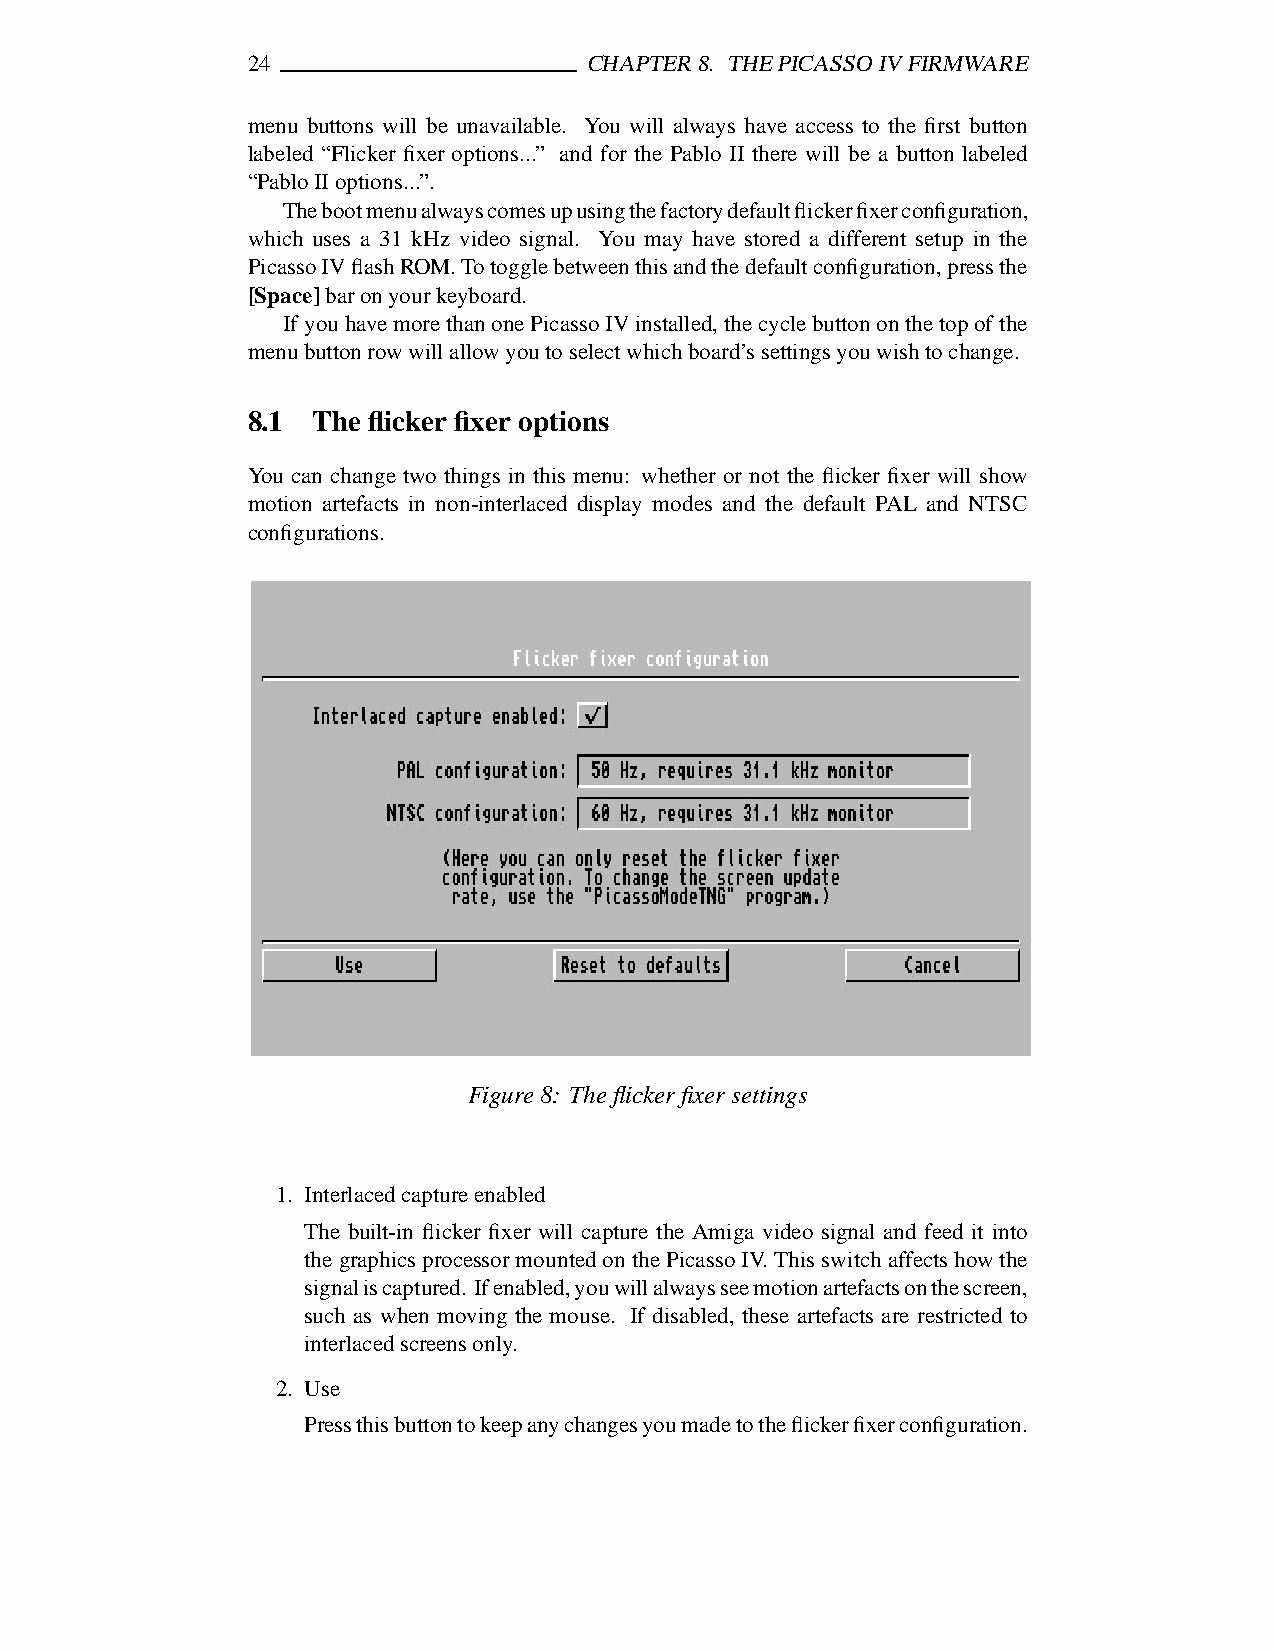
24                     CHAPTER8. THEPICASSOIVFIRMWARE
 menu buttons will be unavailable. You will always have access to the first button
 labeled “Flicker fixer options...” and for the Pablo II there will be a button labeled
 “PabloIIoptions...”.
 Thebootmenualwayscomesupusingthefactorydefaultflickerfixerconfiguration,
 which uses a 31 kHz video signal. You may have stored a different setup in the
 PicassoIVflashROM.Totogglebetweenthisandthedefaultconfiguration,pressthe
 [Space]baronyourkeyboard.
 IfyouhavemorethanonePicassoIVinstalled,thecyclebuttononthetopofthe
 menubuttonrowwillallowyoutoselectwhichboard’ssettingsyouwishtochange.
 8.1  The flicker fixer options
 You can change two things in this menu: whether or not the flicker fixer will show
 motion artefacts in non-interlaced display modes and the default PAL and NTSC
 configurations.
 Figure8: Theflicker fixer settings
 1. Interlacedcaptureenabled
 The built-in flicker fixer will capture the Amiga video signal and feed it into
 the graphicsprocessormountedon the PicassoIV. This switch affects howthe
 signaliscaptured. Ifenabled,youwillalwaysseemotionartefactsonthescreen,
 such as when moving the mouse. If disabled, these artefacts are restricted to
 interlacedscreensonly.
 2. Use
 Pressthisbuttontokeepanychangesyoumadetotheflickerfixerconfiguration.